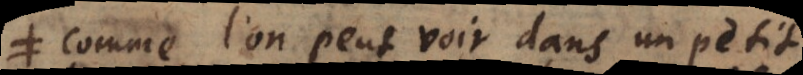
comme l’on peut voir dans un petit